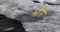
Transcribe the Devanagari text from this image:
भौरें